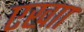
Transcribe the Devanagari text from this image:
एखाा